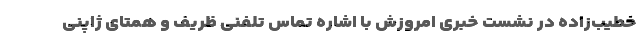
خطیب‌زاده در نشست خبری امروزش با اشاره تماس تلفنی ظریف و همتای ژاپنی